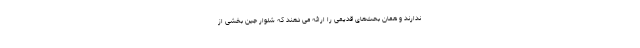
ندارند و همان بحث‌های قدیمی را ارائه می دهند که شلوار جین بخشی از